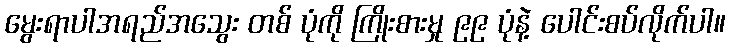
မွေးရာပါအရည်အသွေး တစ် ပုံကို ကြိုးစားမှု ၉၉ ပုံနဲ့ ပေါင်းစပ်လိုက်ပါ။